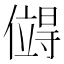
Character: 𪝯